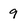
Character: 9